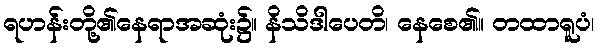
ရဟန်းတို့၏နေရာအဆုံး၌။ နိသိဒါပေတိ၊ နေစေ၏။ တထာရူပံ၊